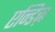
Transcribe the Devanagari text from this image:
एन्डिज़